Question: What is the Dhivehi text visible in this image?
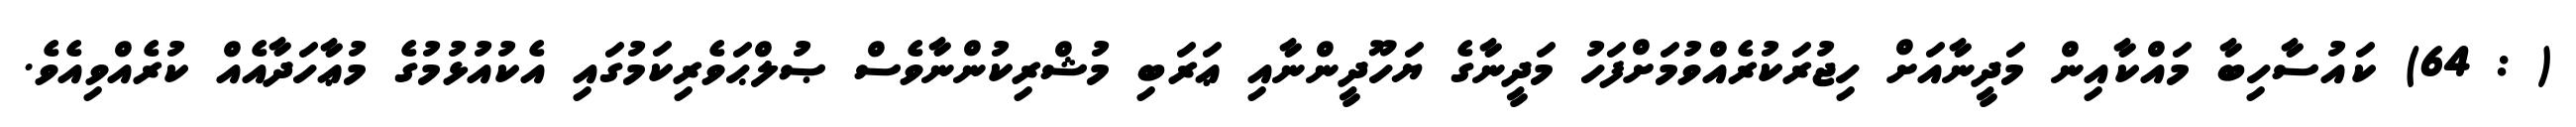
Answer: ( : 64) ކައުސާހިބާ މައްކާއިން މަދީނާއަށް ހިޖުރަކުރެއްވުމަށްފަހު މަދީނާގެ ޔަހޫދީންނާއި ޢަރަބި މުޝްރިކުންނާވެސް ޞުލްޙަވެރިކަމުގައި އެކުއުޅުމުގެ މުޢާހަދާއެއް ކުރެއްވިއެވެ.